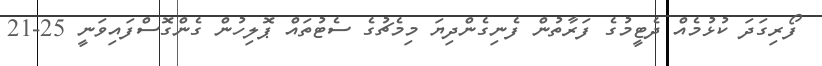
ފޯރިގަދަ ކުޅުމެއް ދެޓީމުގެ ފަރާތުން ފެނިގެންދިޔަ މިމެޗުގެ ސެޓުތައް ޕޮލިހުން ގެންގޮސްފައިވަނީ 25-21